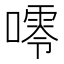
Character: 𱔴